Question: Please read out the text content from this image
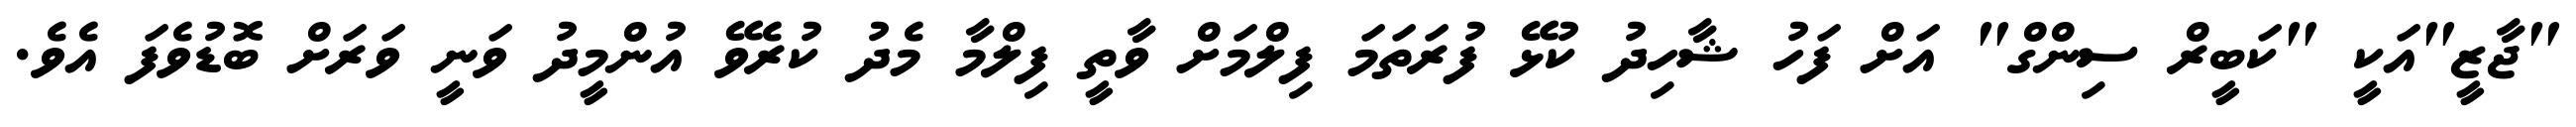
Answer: "ޖާޒީ"އަކީ "ކަބީރް ސިންގް" އަށް ފަހު ޝާހިދު ކުޅޭ ފުރަތަމަ ފިލްމަށް ވާތީ ފިލްމާ މެދު ކުރެވޭ އުންމީދު ވަނީ ވަރަށް ބޮޑުވެފަ އެވެ.